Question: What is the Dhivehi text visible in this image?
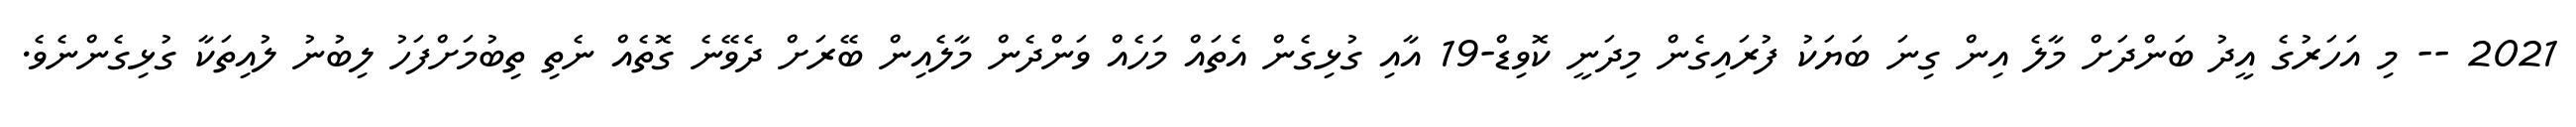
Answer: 2021 -- މި އަހަރުގެ އީދު ބަންދަށް މާލެ އިން ގިނަ ބަޔަކު ފުރައިގެން މިދަނީ ކޮވިޑް-19 އާއި ގުޅިގެން އެތައް މަހެއް ވަންދެން މާލެއިން ބޭރަށް ދެވޭނެ ގޮތެއް ނެތި ތިބުމަށްފަހު ލިބުނު ލުއިތަކާ ގުޅިގެންނެވެ.